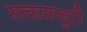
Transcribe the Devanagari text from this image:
सक्तमजुरी